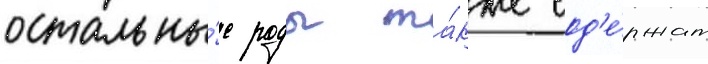
остальны́е роды та́кже сод'е́ржат